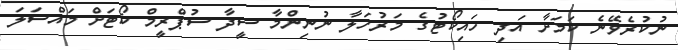
ނުކުރެވޭނެ ކަމަށާ އަދި ހައިކޯޓުގެ މަރުހަލާ ނުނިންމާ ސީދާ ސުޕްރީމް ކޯޓަށް މައްސަލަ